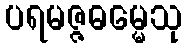
ပရမဇ္ဇဓမ္မေသု